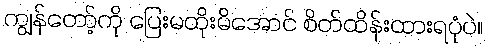
ကျွန်တော့်ကို ပြေးမထိုးမိအောင် စိတ်ထိန်းထားရပုံပဲ။